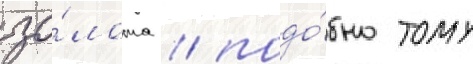
зо́лота / подо́бно тому